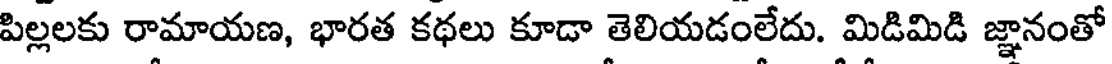
పిల్లలకు రామాయణ, భారత కథలు కూడా తెలియడంలేదు. మిడిమిడి జ్ఞానంతో